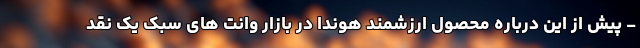
- پیش از این درباره محصول ارزشمند هوندا در بازار وانت های سبک یک نقد